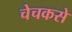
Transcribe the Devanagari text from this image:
चेचकसे